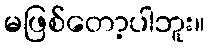
မဖြစ်တော့ပါဘူး။